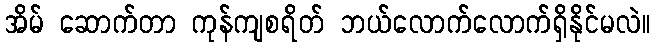
အိမ် ဆောက်တာ ကုန်ကျစရိတ် ဘယ်လောက်လောက်ရှိနိုင်မလဲ။